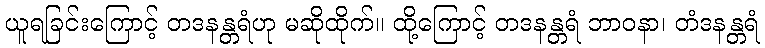
ယူရခြင်းကြောင့် တဒနန္တရံဟု မဆိုထိုက်။ ထို့ကြောင့် တဒနန္တရံ ဘာဝနာ၊ တံဒနန္တရံ